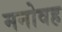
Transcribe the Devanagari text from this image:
मनोवह